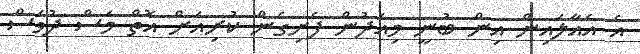
އެ އެއާލައިން އިން ބުނީ މިއަދުން ފެށިގެން ކުރިއަށް އޮތް މަސް ދުވަސް